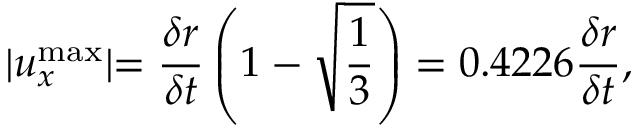
\lvert u _ { x } ^ { \mathrm { m a x } } \lvert = \frac { \delta r } { \delta t } \left( 1 - \sqrt { \frac { 1 } { 3 } } \right) = 0 . 4 2 2 6 \frac { \delta r } { \delta t } ,